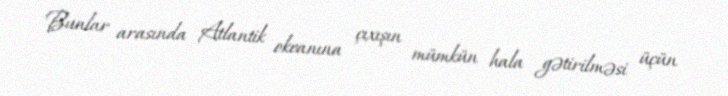
Bunlar arasında Atlantik okeanına çıxışın mümkün hala gətirilməsi üçün